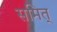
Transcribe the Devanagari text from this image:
समित्